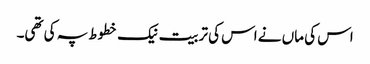
اس کی ماں نے اس کی تربیت نیک خطوط پہ کی تھی۔